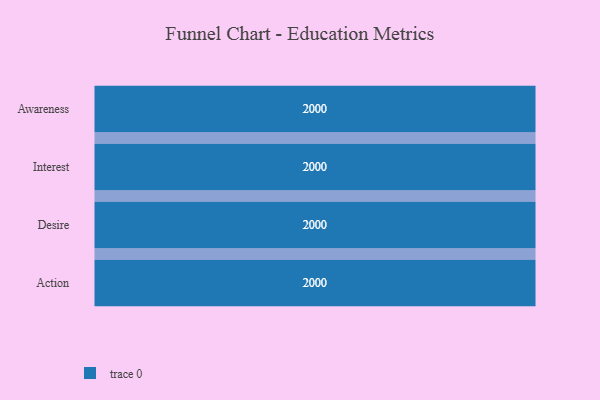
{"axis": {"x": "Stage", "y": "Value"}, "legend": [""], "data": [{"x": "Awareness", "y": 2000, "type": ""}, {"x": "Interest", "y": 2000, "type": ""}, {"x": "Desire", "y": 2000, "type": ""}, {"x": "Action", "y": 2000, "type": ""}]}